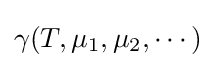
\gamma (T,\mu _{1},\mu _{2},\cdots )